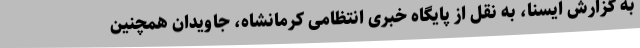
به گزارش ایسنا، به نقل از پایگاه خبری انتظامی کرمانشاه، جاویدان همچنین